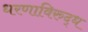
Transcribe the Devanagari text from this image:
धरणाविरुद्ध